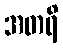
အတရိ